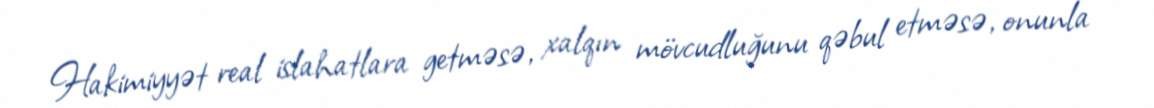
Hakimiyyət real islahatlara getməsə, xalqın mövcudluğunu qəbul etməsə, onunla